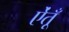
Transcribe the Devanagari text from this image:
ऐंतूँ